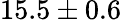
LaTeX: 15.5\pm 0.6